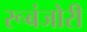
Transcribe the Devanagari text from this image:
रूबंजोरी